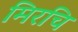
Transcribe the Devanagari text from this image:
मिरचि